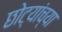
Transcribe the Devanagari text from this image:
छोट्यांच्या